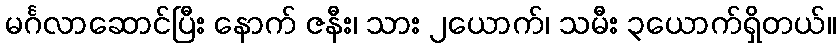
မင်္ဂလာဆောင်ပြီး နောက် ဇနီး၊ သား ၂ယောက်၊ သမီး ၃ယောက်ရှိတယ်။